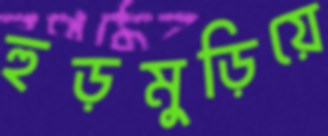
হুড়মুড়িয়ে